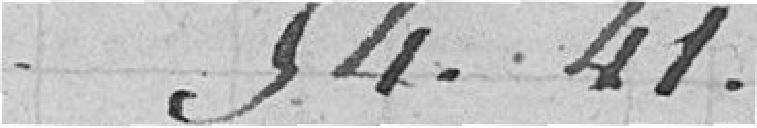
54.41